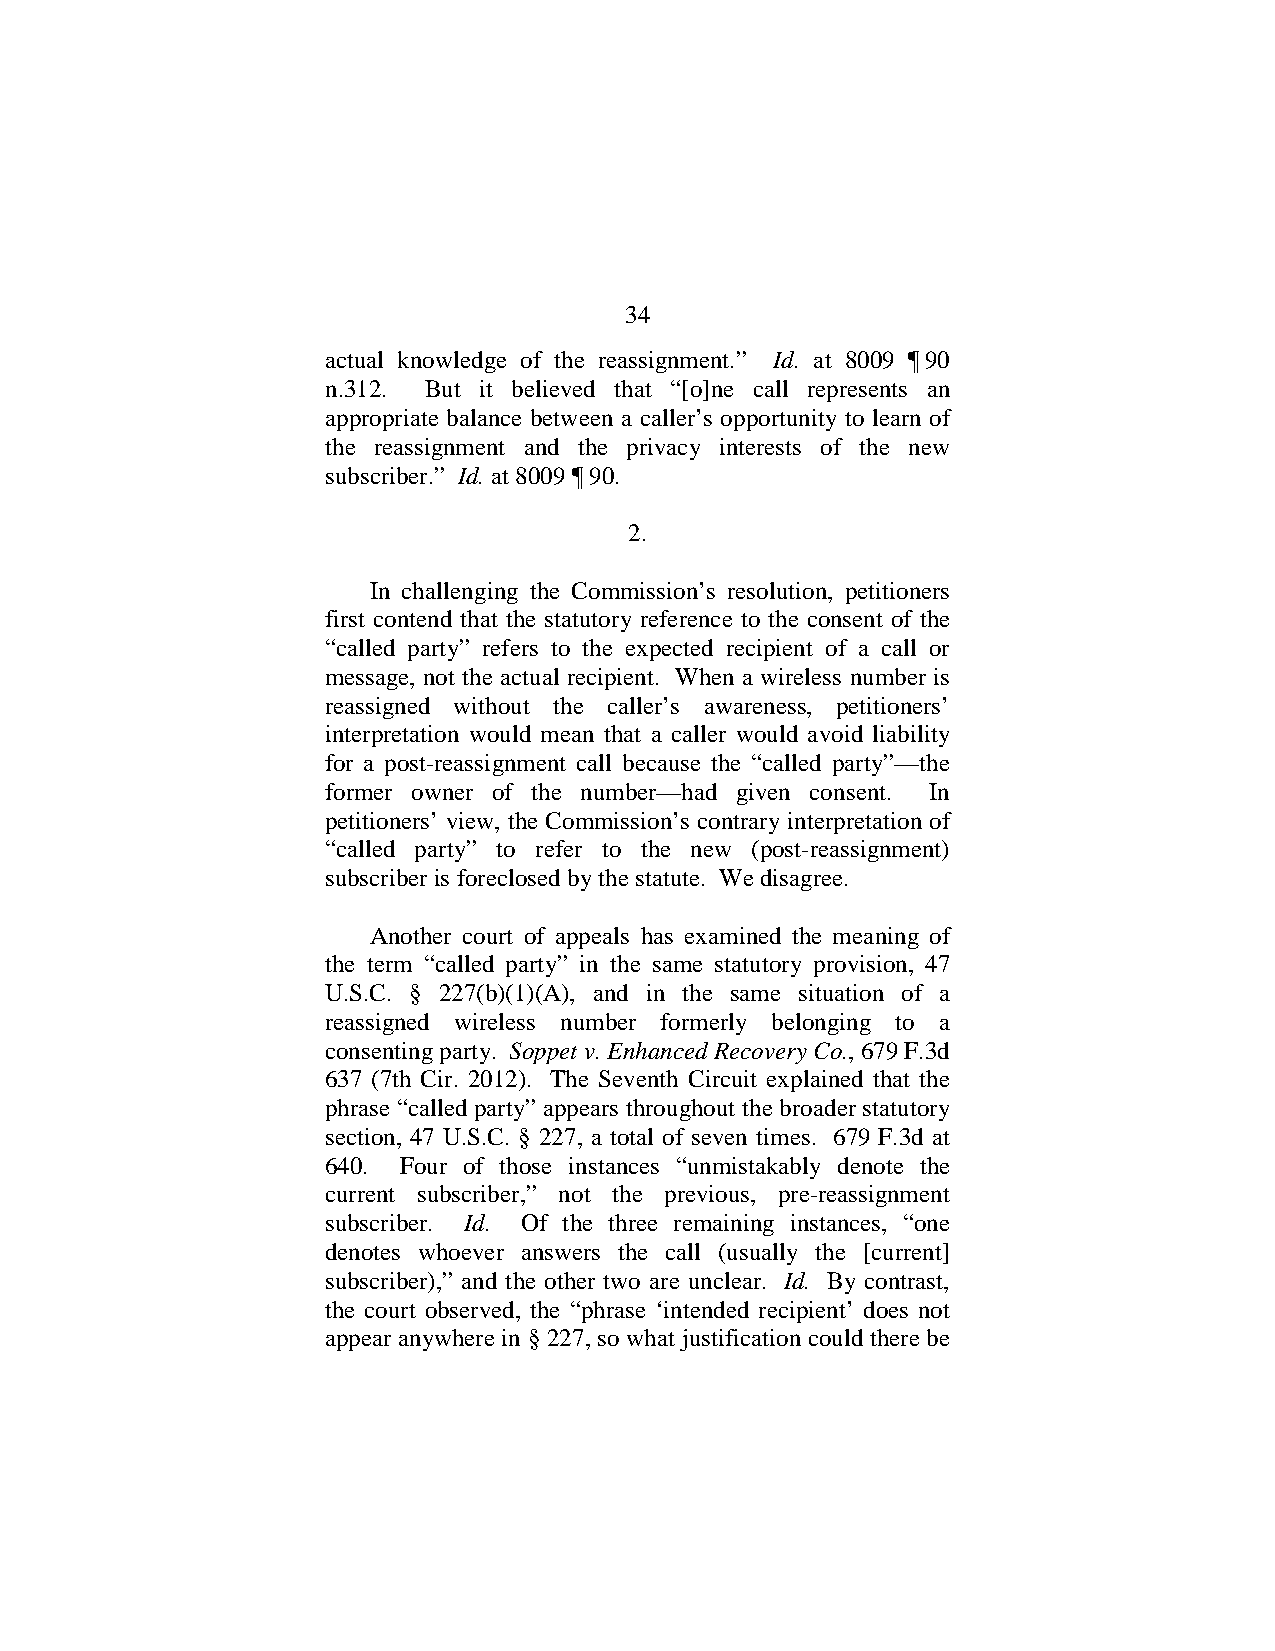
34
 actual knowledge of the reassignment.” Id. at 8009 ¶ 90
 n.312. But it believed that “[o]ne call represents an
 appropriate balance between a caller’s opportunity to learn of
 the reassignment and the privacy interests of the new
 subscriber.” Id. at 8009 ¶ 90.
 2.
 In challenging the Commission’s resolution, petitioners
 first contend that the statutory reference to the consent of the
 “called party” refers to the expected recipient of a call or
 message, not the actual recipient. When a wireless number is
 reassigned without the caller’s awareness, petitioners’
 interpretation would mean that a caller would avoid liability
 for a post-reassignment call because the “called party”—the
 former owner of the number—had given consent. In
 petitioners’ view, the Commission’s contrary interpretation of
 “called party” to refer to the new (post-reassignment)
 subscriber is foreclosed by the statute. We disagree.
 Another court of appeals has examined the meaning of
 the term “called party” in the same statutory provision, 47
 U.S.C. § 227(b)(1)(A), and in the same situation of a
 reassigned wireless number formerly belonging to a
 consenting party. Soppet v. Enhanced Recovery Co., 679 F.3d
 637 (7th Cir. 2012). The Seventh Circuit explained that the
 phrase “called party” appears throughout the broader statutory
 section, 47 U.S.C. § 227, a total of seven times. 679 F.3d at
 640. Four of those instances “unmistakably denote the
 current subscriber,” not the previous, pre-reassignment
 subscriber. Id. Of the three remaining instances, “one
 denotes whoever answers the call (usually the [current]
 subscriber),” and the other two are unclear. Id. By contrast,
 the court observed, the “phrase ‘intended recipient’ does not
 appear anywhere in § 227, so what justification could there be